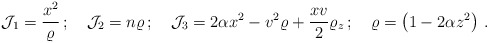
\begin{align*}{\cal{J}}_{1}=\frac{x^2}{\varrho} \,; \quad {\cal{J}}_{2}=n\varrho \,; \quad {\cal{J}}_{3} = 2 \alpha x^2 - v^2 \varrho + \frac{x v}{2} \varrho_z \,; \quad \varrho = \left( 1-2\alpha z^2 \right) \,.\end{align*}